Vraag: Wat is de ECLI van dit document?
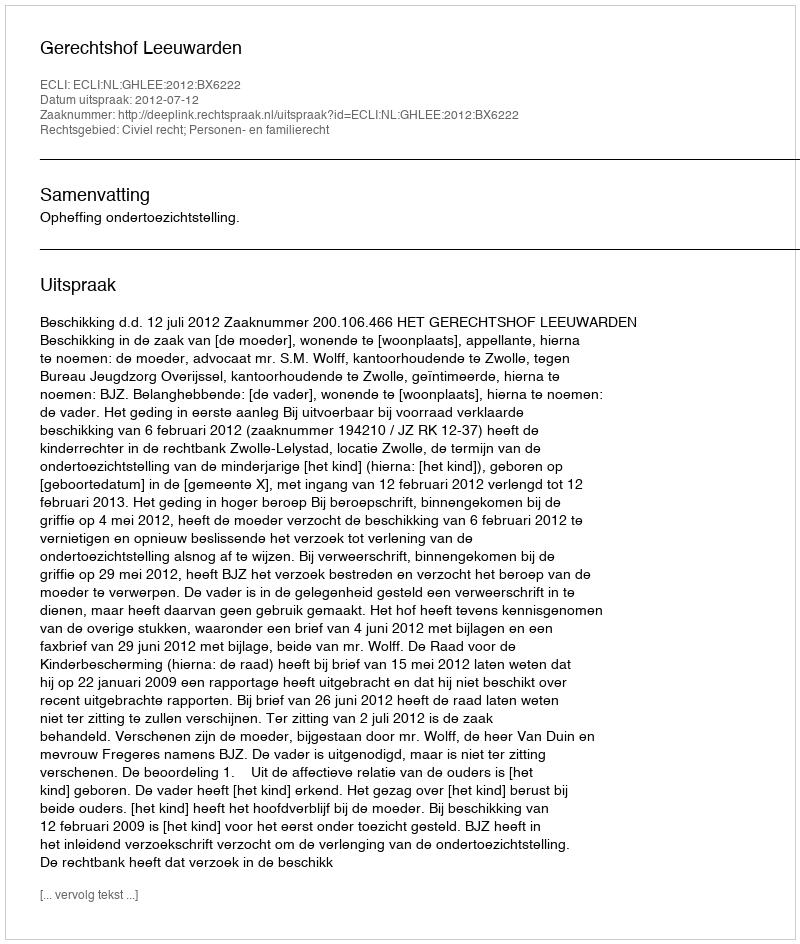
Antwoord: ECLI:NL:GHLEE:2012:BX6222